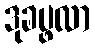
ဒုခပ္ဖလာ